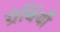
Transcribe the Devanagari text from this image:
ग्रंथिंयाँ